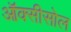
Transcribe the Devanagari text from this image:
ऑक्सीसोल